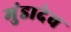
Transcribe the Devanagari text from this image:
मुंडादेव